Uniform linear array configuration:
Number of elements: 24
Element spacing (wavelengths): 0.25
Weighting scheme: hamming
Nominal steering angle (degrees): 45
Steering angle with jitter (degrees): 43.348
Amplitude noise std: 0.05
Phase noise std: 0.05

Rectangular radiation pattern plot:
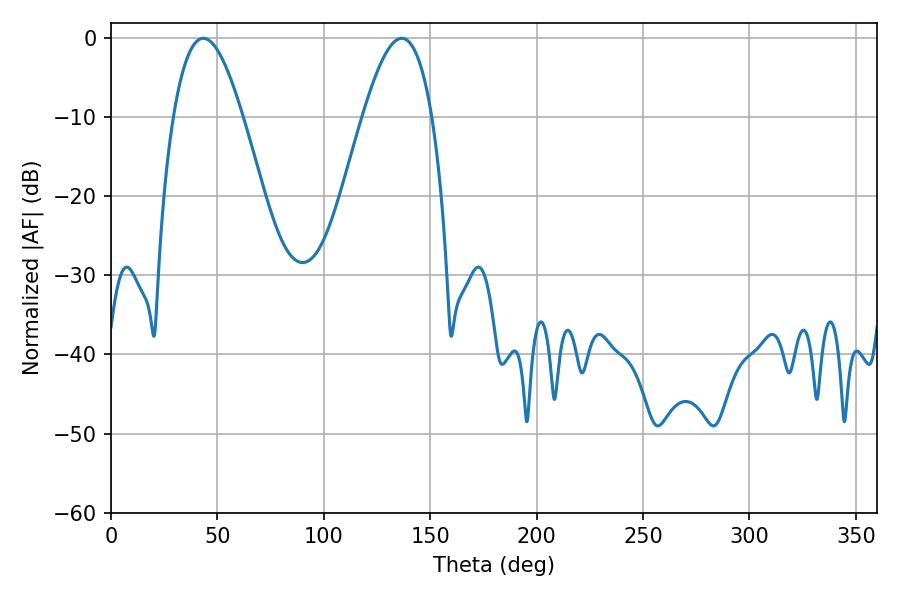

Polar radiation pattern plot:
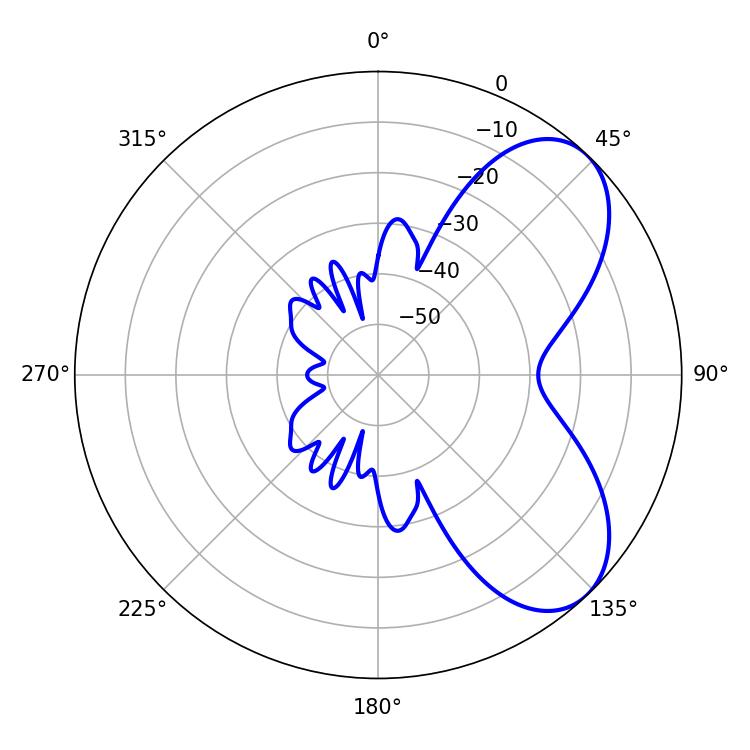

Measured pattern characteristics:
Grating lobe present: FALSE
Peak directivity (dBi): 6.301
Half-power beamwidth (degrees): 17.82
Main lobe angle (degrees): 43.38